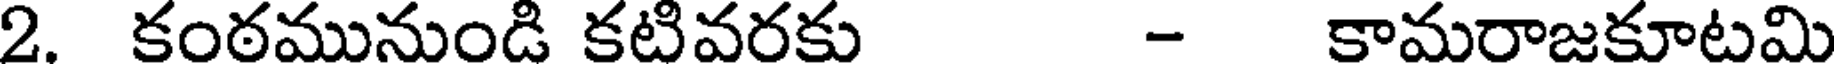
2. కంఠమునుండి కటివరకు - కామరాజకూటమి